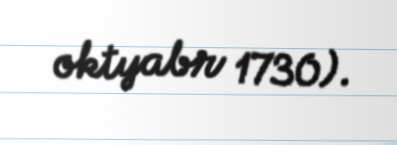
oktyabr 1730).